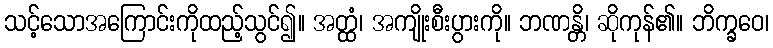
သင့်သောအကြောင်းကိုထည့်သွင်၍။ အတ္ထံ၊ အကျိုးစီးပွားကို။ ဘဏန္တိ၊ ဆိုကုန်၏။ ဘိက္ခဝေ၊